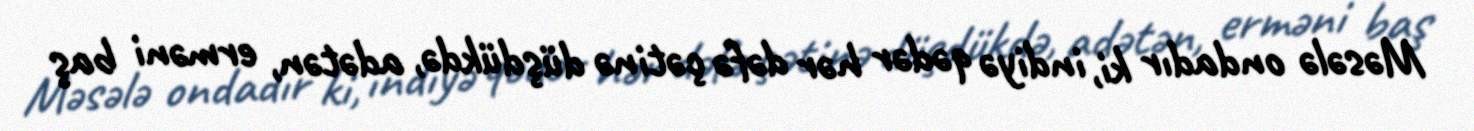
Məsələ ondadır ki, indiyə qədər hər dəfə çətinə düşdükdə, adətən, erməni baş